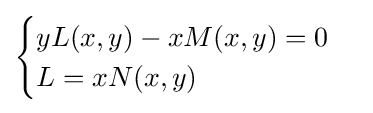
{\begin{cases}yL(x,y)-xM(x,y)=0\\L=xN(x,y)\end{cases}}